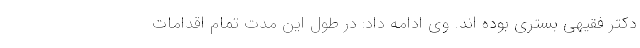
دکتر فقیهی بستری بوده اند. وی ادامه داد: در طول این مدت تمام اقدامات